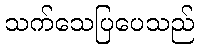
သက်သေပြပေသည်